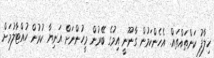
ހިލާފު ކަންތައްތައް. އެހެންކަމުން ގާނޫނީ އިމުގެ ބޭރުން މީހުންނަށް އަނިޔާ ކުރުން ހުއްޓާލުމަށް